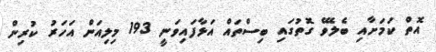
އޮތް ކަމަށާއި ބެލެވޭ ގޮތުގައި ބިސްތައް އަޅާފައިވަނީ 193 މިލިއަން އަހަރު ކުރިން